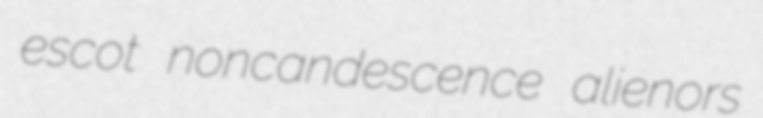
escot noncandescence alienors